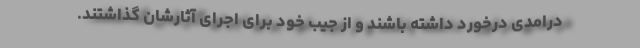
درامدی درخورد داشته باشند و از جیب خود برای اجرای آثارشان گذاشتند.